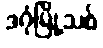
ဒဂုံမြို့သစ်